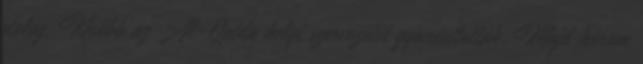
dolog. Később az Al-Qaida helyi szervezetét gyanúsították. Majd három